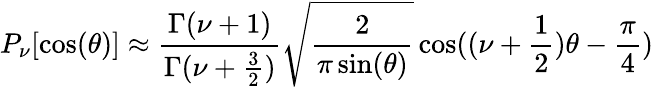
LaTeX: P_{\nu}[\cos(\theta)]\approx{\frac{\Gamma(\nu+1)}{\Gamma(\nu+{\frac{3}{2}})}}\sqrt{\frac{2}{\pi\sin(\theta)}}\cos((\nu+{\frac{1}{2}})\theta-{\frac{\pi}{4}})